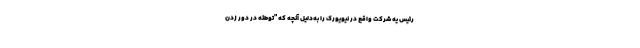
رئیس‌ یه شرکت واقع در نیویورک را به‌دلیل آنچه که "توطئه در دور زدن